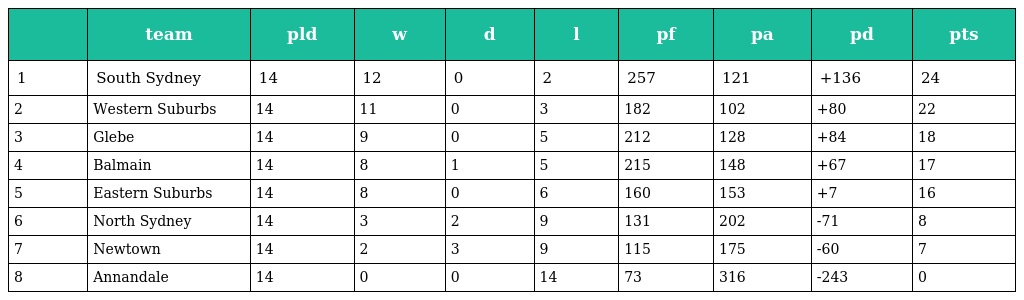
|  | team | pld | w | d | l | pf | pa | pd | pts |
 | --- | --- | --- | --- | --- | --- | --- | --- | --- | --- |
 | 1 | South Sydney | 14 | 12 | 0 | 2 | 257 | 121 | +136 | 24 |
 | 2 | Western Suburbs | 14 | 11 | 0 | 3 | 182 | 102 | +80 | 22 |
 | 3 | Glebe | 14 | 9 | 0 | 5 | 212 | 128 | +84 | 18 |
 | 4 | Balmain | 14 | 8 | 1 | 5 | 215 | 148 | +67 | 17 |
 | 5 | Eastern Suburbs | 14 | 8 | 0 | 6 | 160 | 153 | +7 | 16 |
 | 6 | North Sydney | 14 | 3 | 2 | 9 | 131 | 202 | -71 | 8 |
 | 7 | Newtown | 14 | 2 | 3 | 9 | 115 | 175 | -60 | 7 |
 | 8 | Annandale | 14 | 0 | 0 | 14 | 73 | 316 | -243 | 0 |